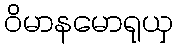
ဝိမာနမောရုယှ